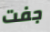
جفت